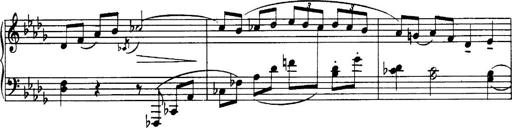
Title: 3 Sonatinas, Op.67
Composer: Jean Sibelius